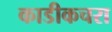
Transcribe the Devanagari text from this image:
काडीकचरा